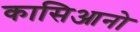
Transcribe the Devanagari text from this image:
कासिआनो